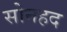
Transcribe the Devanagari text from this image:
सोनहद